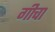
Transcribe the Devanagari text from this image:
गीचा